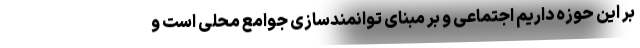
بر این حوزه داریم اجتماعی و بر مبنای توانمندسازی جوامع محلی است و